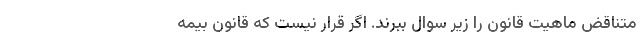
متناقض ماهیت قانون را زیر سوال ببرند. اگر قرار نیست که قانون بیمه